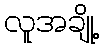
လူအချို့